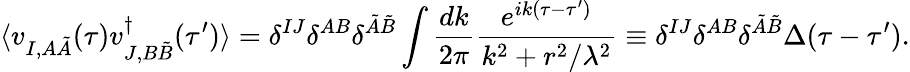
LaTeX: \langle v_{I,A\tilde{A}}(\tau)v_{J,B\tilde{B}}^{\dagger}(\tau^{\prime})\rangle=\delta^{IJ}\delta^{AB}\delta^{\tilde{A}\tilde{B}}\int\frac{dk}{2\pi}\frac{e^{ik(\tau-\tau^{\prime})}}{k^{2}+r^{2}/\lambda^{2}}\equiv\delta^{IJ}\delta^{AB}\delta^{\tilde{A}\tilde{B}}\Delta(\tau-\tau^{\prime}).